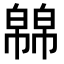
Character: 𭘸